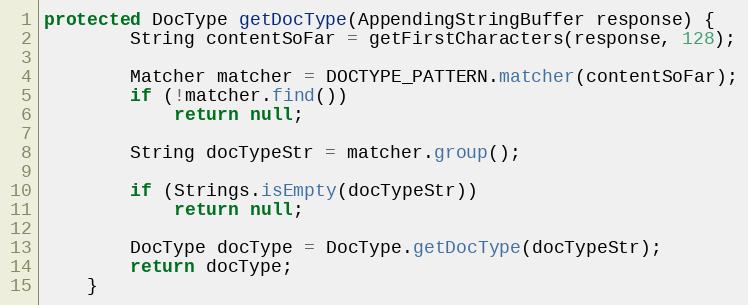
Language: Java
protected DocType getDocType(AppendingStringBuffer response) {
		String contentSoFar = getFirstCharacters(response, 128);

		Matcher matcher = DOCTYPE_PATTERN.matcher(contentSoFar);
		if (!matcher.find())
			return null;

		String docTypeStr = matcher.group();

		if (Strings.isEmpty(docTypeStr))
			return null;

		DocType docType = DocType.getDocType(docTypeStr);
		return docType;
	}